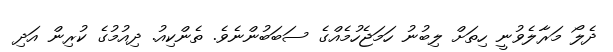
ދެލޯ މަރާލެވުނީ ހިތަށް ލިބުނު ހަމަޖެހުމެއްގެ ސަބަބުންނެވެ. ތެންކިއު. ދިއުމުގެ ކުރިން އަދި